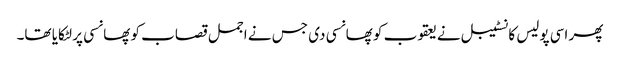
پھر اسی پولیس کانسٹیبل نے یعقوب کو پھانسی دی جس نے اجمل قصاب کو پھانسی پر لٹکایا تھا۔